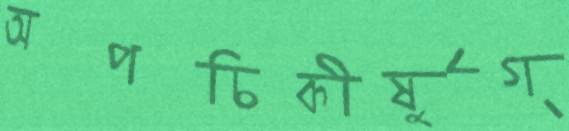
অপচিকীর্ষুগ্